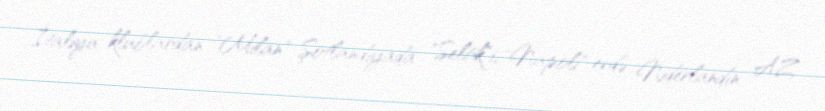
İtaliya klublardan "Milan" Şotlandiyada "Seltik"i, "Napoli" evdə Niderlandın AZ